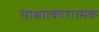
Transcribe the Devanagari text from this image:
साक्षात्कारात्मक